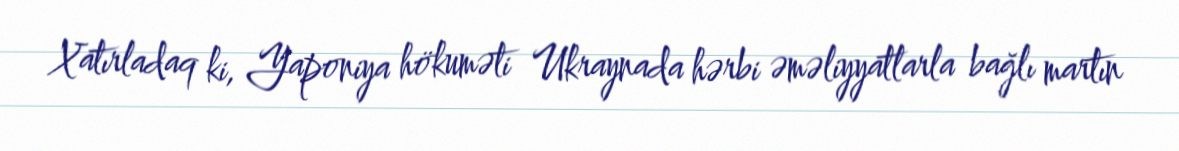
Xatırladaq ki, Yaponiya hökuməti Ukraynada hərbi əməliyyatlarla bağlı martın